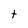
Character: t